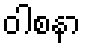
ဝါစနာ